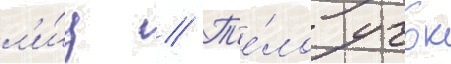
л'и́ц // Т'е́ло учок